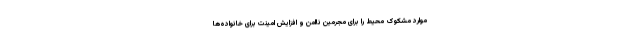
موارد مشکوک محیط را برای مجرمین ناامن و افزایش امینت برای خانواده‌ها